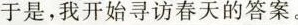
于是，我开始寻访春天的答案。